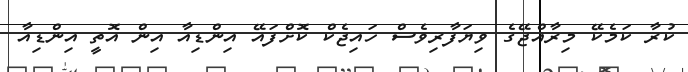
ކުރާ ކަމެކޭ މިރާއްޖޭގެ ވިޔަފާރިވެސް ހައިޖެކް ކޮށްފައޭ އިންޑިއާ އިން އޮތީ އިންޑިއާ